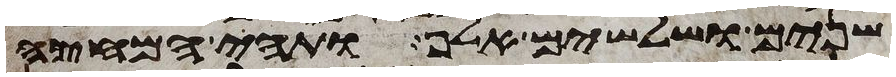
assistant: שנים ושלשים אלף ותהי המחצה